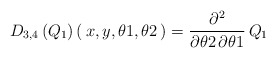
\begin{align*}{{D}_{3, 4}} \left( \! \,{{Q}_{1}}\, \! \right) (\,{x}, {y}, {\theta 1}, { \theta 2}\,)= {\frac {{ \partial}^{2}}{{ \partial}{ \theta 2}\,{ \partial}{\theta 1}}}\,{{Q}_{1}}\end{align*}